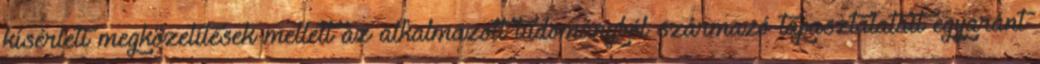
kísérleti megközelítések mellett az alkalmazott tudományból származó tapasztalatait egyaránt